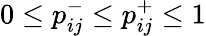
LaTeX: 0\leq p_{ij}^{-}\leq p_{ij}^{+}\leq 1